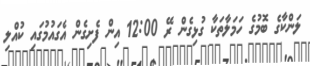
ލަންކާގެ ބޮމުގެ ހަމަލާތަކާ ގުޅިގެން ރޭ 12:00 އިން ފެށިގެން އެގައުމުގައި ކުއްލި